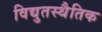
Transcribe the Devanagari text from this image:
विद्युतस्थैतिक